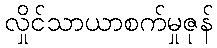
လှိုင်သာယာစက်မှုဇုန်